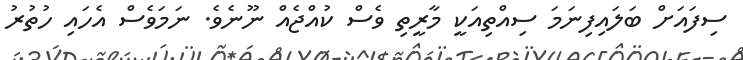
ސިފައަށް ބަލައިފިނަމަ ސިއްތިއަކީ މާރީތި ވެސް ކުއްޖެއް ނޫނެވެ. ނަމަވެސް އެހައި ހުތުރު